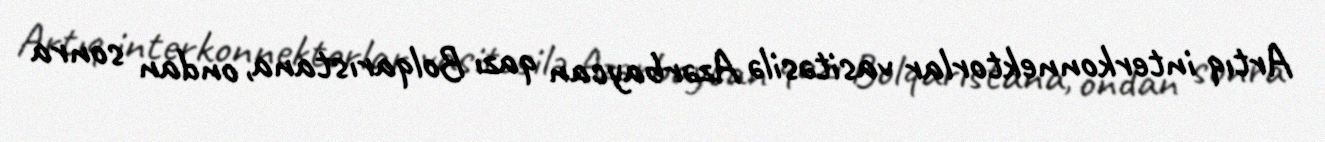
Artıq interkonnektorlar vasitəsilə Azərbaycan qazı Bolqarıstana, ondan sonra